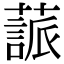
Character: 𦽤